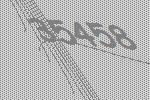
35458